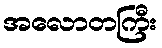
အလောတကြီး